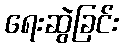
ရေးဆွဲခြင်း